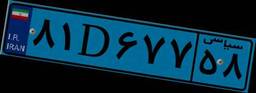
۸۱D۶۷۷۵۸